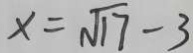
x = \sqrt { 1 7 } - 3